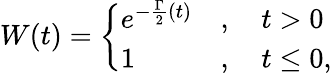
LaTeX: W(t)=\left\{ {\begin{array}{ll}{e^{-\frac{\Gamma}{2}(t)}}&{,\quad t>0}\\ {1}&{,\quad t\leq 0,}\end{array}}\right.